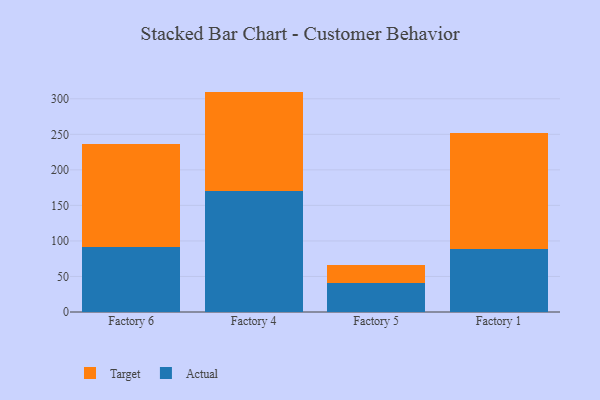
{"axis": {"x": "Factory", "y": "Shipments"}, "legend": ["Actual", "Target"], "data": [{"x": "Factory 6", "y": 91.0, "type": "Actual"}, {"x": "Factory 6", "y": 145.3, "type": "Target"}, {"x": "Factory 4", "y": 170.0, "type": "Actual"}, {"x": "Factory 4", "y": 140.1, "type": "Target"}, {"x": "Factory 5", "y": 40.9, "type": "Actual"}, {"x": "Factory 5", "y": 25.3, "type": "Target"}, {"x": "Factory 1", "y": 88.8, "type": "Actual"}, {"x": "Factory 1", "y": 162.9, "type": "Target"}]}